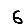
Digit: 6